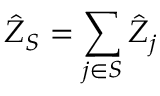
\hat { Z } _ { S } = \sum _ { j \in S } \hat { Z } _ { j }